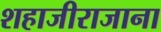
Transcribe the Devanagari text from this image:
शहाजीराजाना